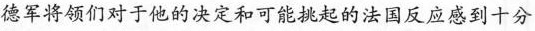
德军将领们对于他的决定和可能挑起的法国反应感到十分